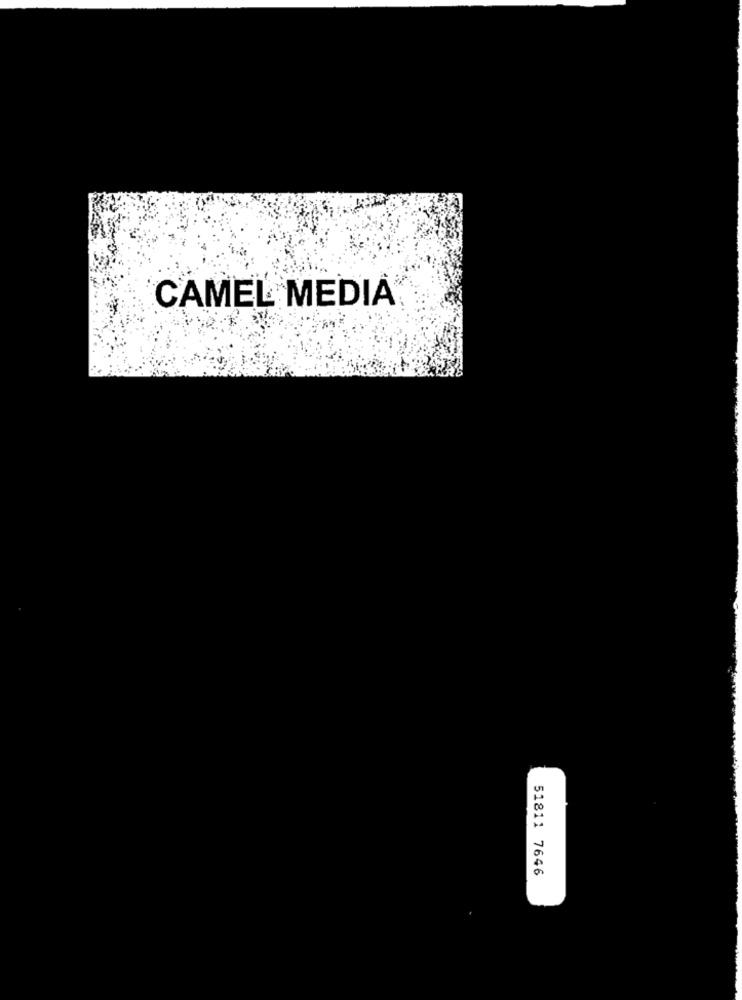
CAMEL MEDIA
51811 7646